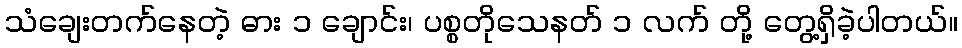
သံချေးတက်နေတဲ့ ဓား ၁ ချောင်း၊ ပစ္စတိုသေနတ် ၁ လက် တို့ တွေ့ရှိခဲ့ပါတယ်။